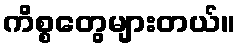
ကိစ္စတွေများတယ်။